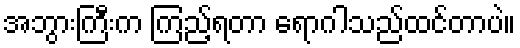
အဘွားကြီးက ကြည့်ရတာ ရောဂါသည်ထင်တာပဲ။